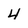
Character: 4